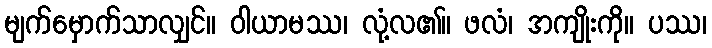
မျက်မှောက်သာလျှင်။ ဝါယာမဿ၊ လုံ့လ၏။ ဖလံ၊ အကျိုးကို။ ပဿ၊